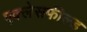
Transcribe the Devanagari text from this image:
एक्लेसफील्ड